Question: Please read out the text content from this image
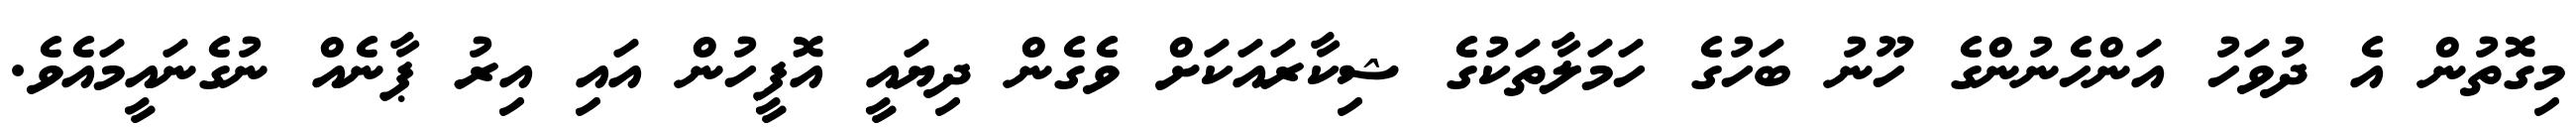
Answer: މިގޮތުން އެ ދުވަހު އަންހެނުންގެ ހޫނު ބަހުގެ ހަމަލާތަކުގެ ޝިކާރައަކަށް ވެގެން ދިޔައީ އޮފީހުން އައި އިރު ޕާނެއް ނުގެނައީމައެވެ.